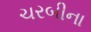
ચરબીના